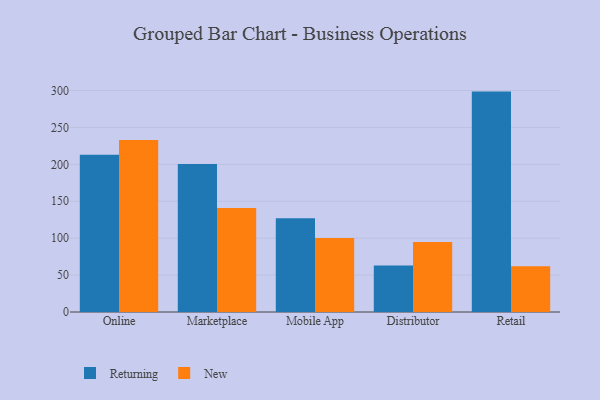
{"axis": {"x": "Channel", "y": "Market Share (%)"}, "legend": ["New", "Returning"], "data": [{"x": "Online", "y": 212.9, "type": "Returning"}, {"x": "Online", "y": 233.1, "type": "New"}, {"x": "Marketplace", "y": 200.3, "type": "Returning"}, {"x": "Marketplace", "y": 140.8, "type": "New"}, {"x": "Mobile App", "y": 127.0, "type": "Returning"}, {"x": "Mobile App", "y": 100.1, "type": "New"}, {"x": "Distributor", "y": 63.1, "type": "Returning"}, {"x": "Distributor", "y": 94.8, "type": "New"}, {"x": "Retail", "y": 298.5, "type": "Returning"}, {"x": "Retail", "y": 62.1, "type": "New"}]}